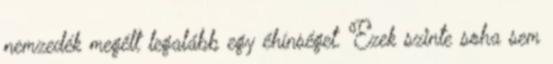
nemzedék megélt legalább egy éhínséget. Ezek szinte soha sem